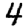
Digit: 4